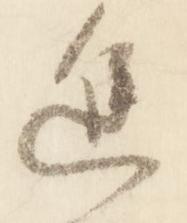
進